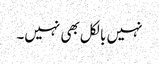
نہیں بالکل بھی نہیں۔